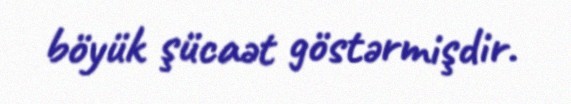
böyük şücaət göstərmişdir.